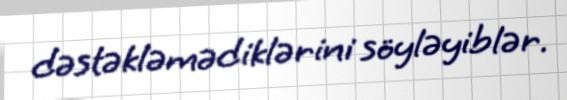
dəstəkləmədiklərini söyləyiblər.